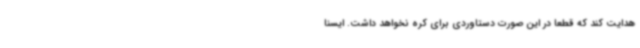
هدایت کند که قطعا در این صورت دستاوردی برای کره نخواهد داشت. ایسنا